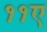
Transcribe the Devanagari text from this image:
११ए